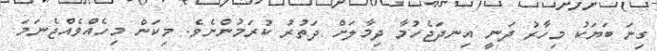
ގިނަ ބަޔަކު މިހާރު ދަނީ އިނދަޖެހުމާ ދިމާލަށް ދަތުރު ކުރަމުންނެވެ. މިކަން މިހެއްވެއްޖެނަމަ